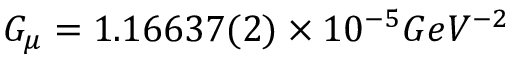
G _ { \mu } = 1 . 1 6 6 3 7 ( 2 ) \times 1 0 ^ { - 5 } G e V ^ { - 2 }